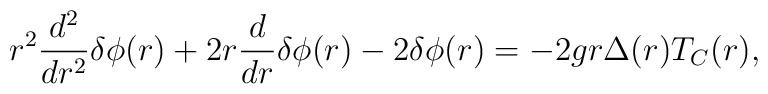
r^2\frac{d^2}{dr^2}{\delta}{\phi}(r)+2r\frac{d}{dr}{\delta}{\phi}(r)-2{\delta}{\phi}(r)=-2gr{\Delta}(r)T_C(r),